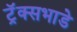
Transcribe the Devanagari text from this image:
ट्रॅक्सभाडे